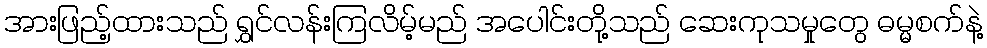
အားဖြည့်ထားသည် ရွှင်လန်းကြလိမ့်မည် အပေါင်းတို့သည် ဆေးကုသမှုတွေ ဓမ္မစက်နဲ့